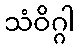
သံဝိဂ္ဂါ